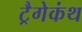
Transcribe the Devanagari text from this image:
ट्रैगेकंथ